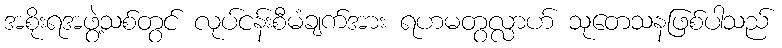
အစိုးရအဖွဲ့သစ်တွင် လုပ်ငန်းစီမံချက်အား ရဟမတွလ္လာဟ် သုတေသနဖြစ်ပါသည်